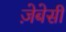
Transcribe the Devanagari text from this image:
ज़ेबेसी